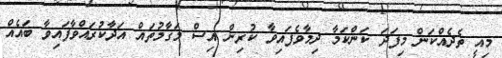
މިއީ ތެދެއްކަން މިފަދަ ކަންކަމާ ދިމާވެފައިވާ ކުރިން އިސް މަގާމުތައް އަދާކުރައްވާފައިވާ ބައެއް